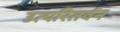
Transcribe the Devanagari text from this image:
उत्परितर्वन